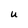
Character: U